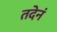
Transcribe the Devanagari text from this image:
तदेनं